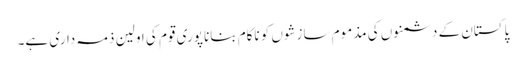
پاکستان کے دشمنوں کی مذموم سازشوں کو ناکام بنانا پوری قوم کی اولین ذمہ داری ہے۔